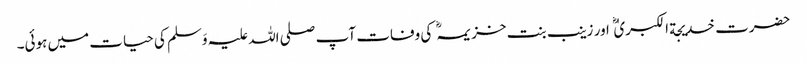
حضرت خدیجة الکبریٰ اور زینب بنت خزیمہ کی وفات آپ صلی اللہ علیہ وَسلم کی حیات میں ہوئی۔